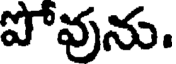
పోవును.